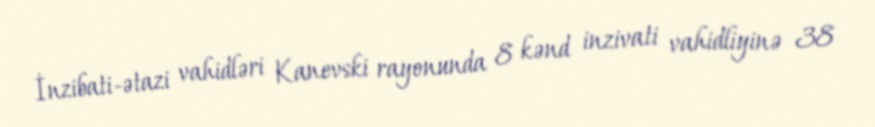
İnzibati-ətazi vahidləri Kanevski rayonunda 8 kənd inzivati vahidliyinə 38